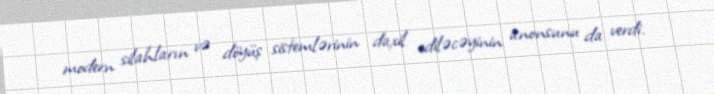
modern silahların və döyüş sistemlərinin daxil ediləcəyinin anonsunu da verdi.